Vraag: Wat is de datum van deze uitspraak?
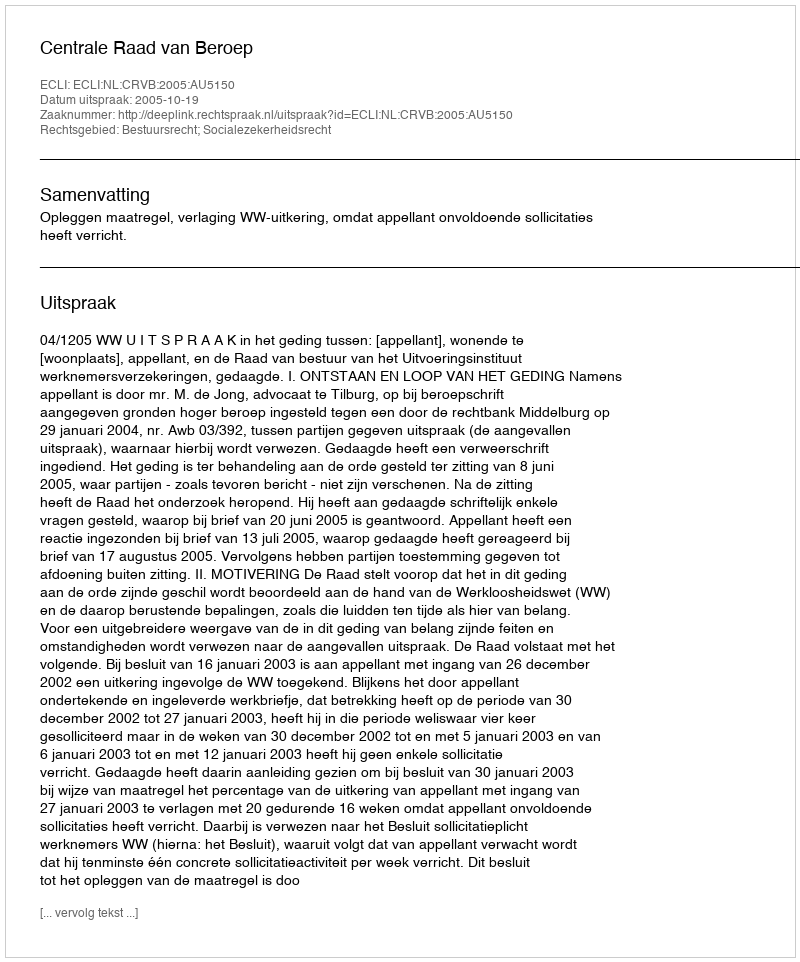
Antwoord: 2005-10-19